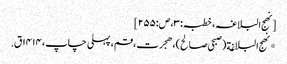
[نھج البلاغہ، خطبہ:۳، ص:۲۵۵]
*نهج البلاغة(صبحی صالح)، هجرت، قم، پہلی چاپ، ۱۴۱۴ق.